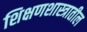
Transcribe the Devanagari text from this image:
शिक्षणशास्त्रातील